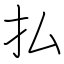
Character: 払